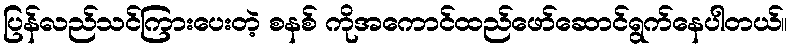
ပြန်လည်သင်ကြားပေးတဲ့ စနစ် ကိုအကောင်ထည်ဖော်ဆောင်ရွက်နေပါတယ်။